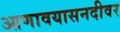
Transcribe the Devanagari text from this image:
आणावयासनदीवर